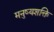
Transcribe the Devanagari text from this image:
मनुष्यशक्ति